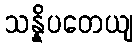
သန္နိပတေယျ